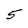
Character: 5